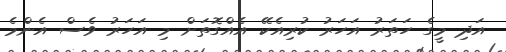
އަދި މީގެ ހަތަރު އަހަރު ކުރިއެކޭ އެއްގޮތަށް މި އަހަރު ވެސް އެންމެ